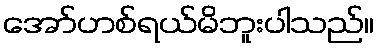
အော်ဟစ်ရယ်မိဘူးပါသည်။